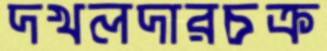
দখলদারচক্র